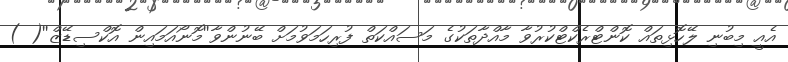
އެއީ މިބުނި ލޭހޮޅިތައް ކޮންޓްރެކްޓްކުރުވާ މާއްދާތަކުގެ މަސައްކަތް ފުރިހަމަވުމަށް ބޭނުންވާ''މޮނޯއަމައިން އޮކްސިޑޭޒް''( )